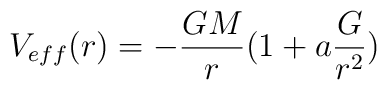
V_{eff}(r)=-{G M\over r}(1 + a {G\over r^2})